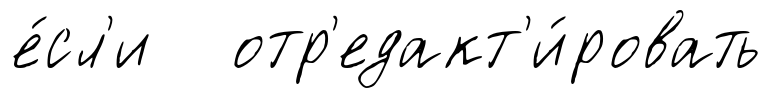
е́сл'и отр'едакт'и́ровать